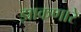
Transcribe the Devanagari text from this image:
झाकणारे